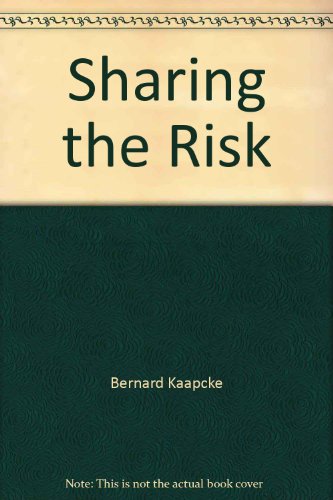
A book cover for Sharing the Risk: How the Nation's Businesses, Homes and Autos Are Insured; Engineering & Transportation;